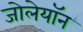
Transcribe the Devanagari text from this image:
जोलेयॉन